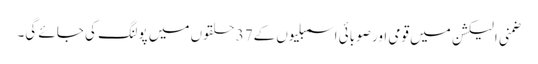
ضمنی الیکشن میں قومی اور صوبائی اسمبلیوں کے37 حلقوں میں پولنگ کی جائے گی۔